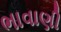
ભાવાણી